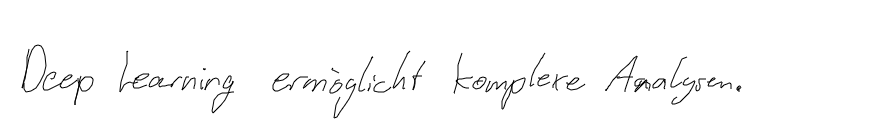
Deep Learning ermöglicht komplexe Analysen.